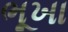
ભૂખા